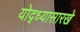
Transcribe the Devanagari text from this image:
योद्ध्यासारखे